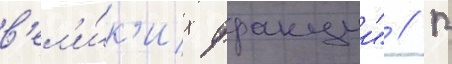
в'ел'и́к'их фракции" // В